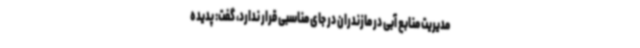
مدیریت منابع آبی در مازندران در جای مناسبی قرار ندارد، گفت: پدیده